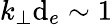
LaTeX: k_{\perp}\mathrm{d}_{e}\sim1